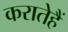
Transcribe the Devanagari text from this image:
करातेहैं